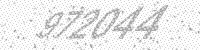
Solution: 972044